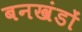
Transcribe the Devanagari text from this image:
बनखंडों